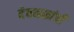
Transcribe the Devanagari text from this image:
देवनळांची